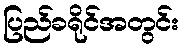
ပြည်ခရိုင်အတွင်း